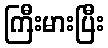
ကြီးမားပြီး